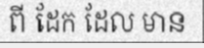
ពី ដែក ដែល មាន